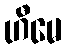
ဟီမေ